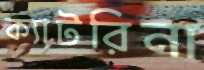
ক্যাটরিনা